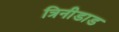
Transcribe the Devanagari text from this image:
त्रिनीडाड